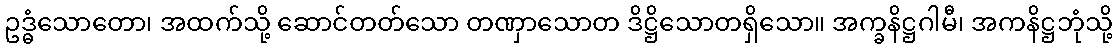
ဥဒ္ဓံသောတော၊ အထက်သို့ ဆောင်တတ်သော တဏှာသောတ ဒိဋ္ဌိသောတရှိသော။ အက္ခနိဋ္ဌဂါမီ၊ အကနိဋ္ဌဘုံသို့